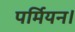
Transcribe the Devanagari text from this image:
पर्मियन।